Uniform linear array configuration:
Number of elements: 32
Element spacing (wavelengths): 0.5
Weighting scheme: exponential
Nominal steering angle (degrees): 0
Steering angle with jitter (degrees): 0.7904
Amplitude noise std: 0.05
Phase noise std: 0.05

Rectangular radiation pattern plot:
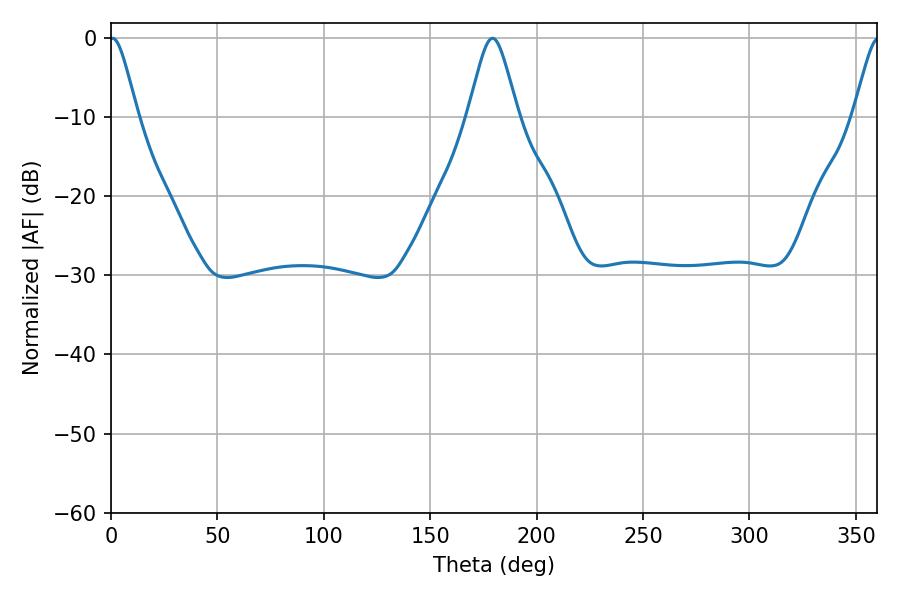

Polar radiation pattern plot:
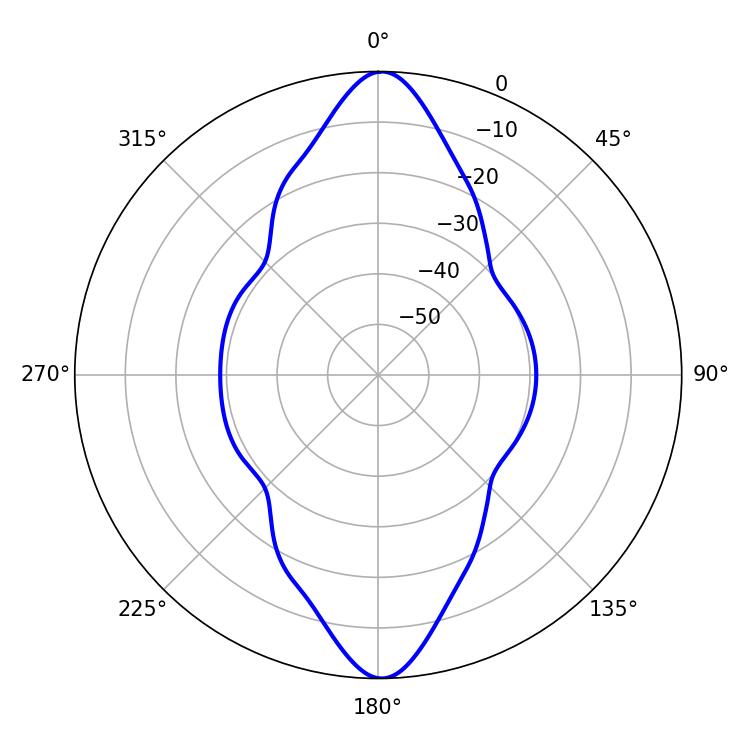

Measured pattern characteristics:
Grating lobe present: FALSE
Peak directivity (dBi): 27.691
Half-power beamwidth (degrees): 6.3
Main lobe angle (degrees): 0.72